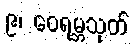
၉၊ ဝေရမ္ဘသုတ်